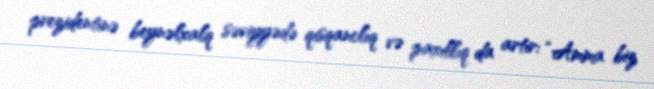
prezidentinə beynəlxalq səviyyədə qısqanclıq və paxıllıq da artır: “Amma biz